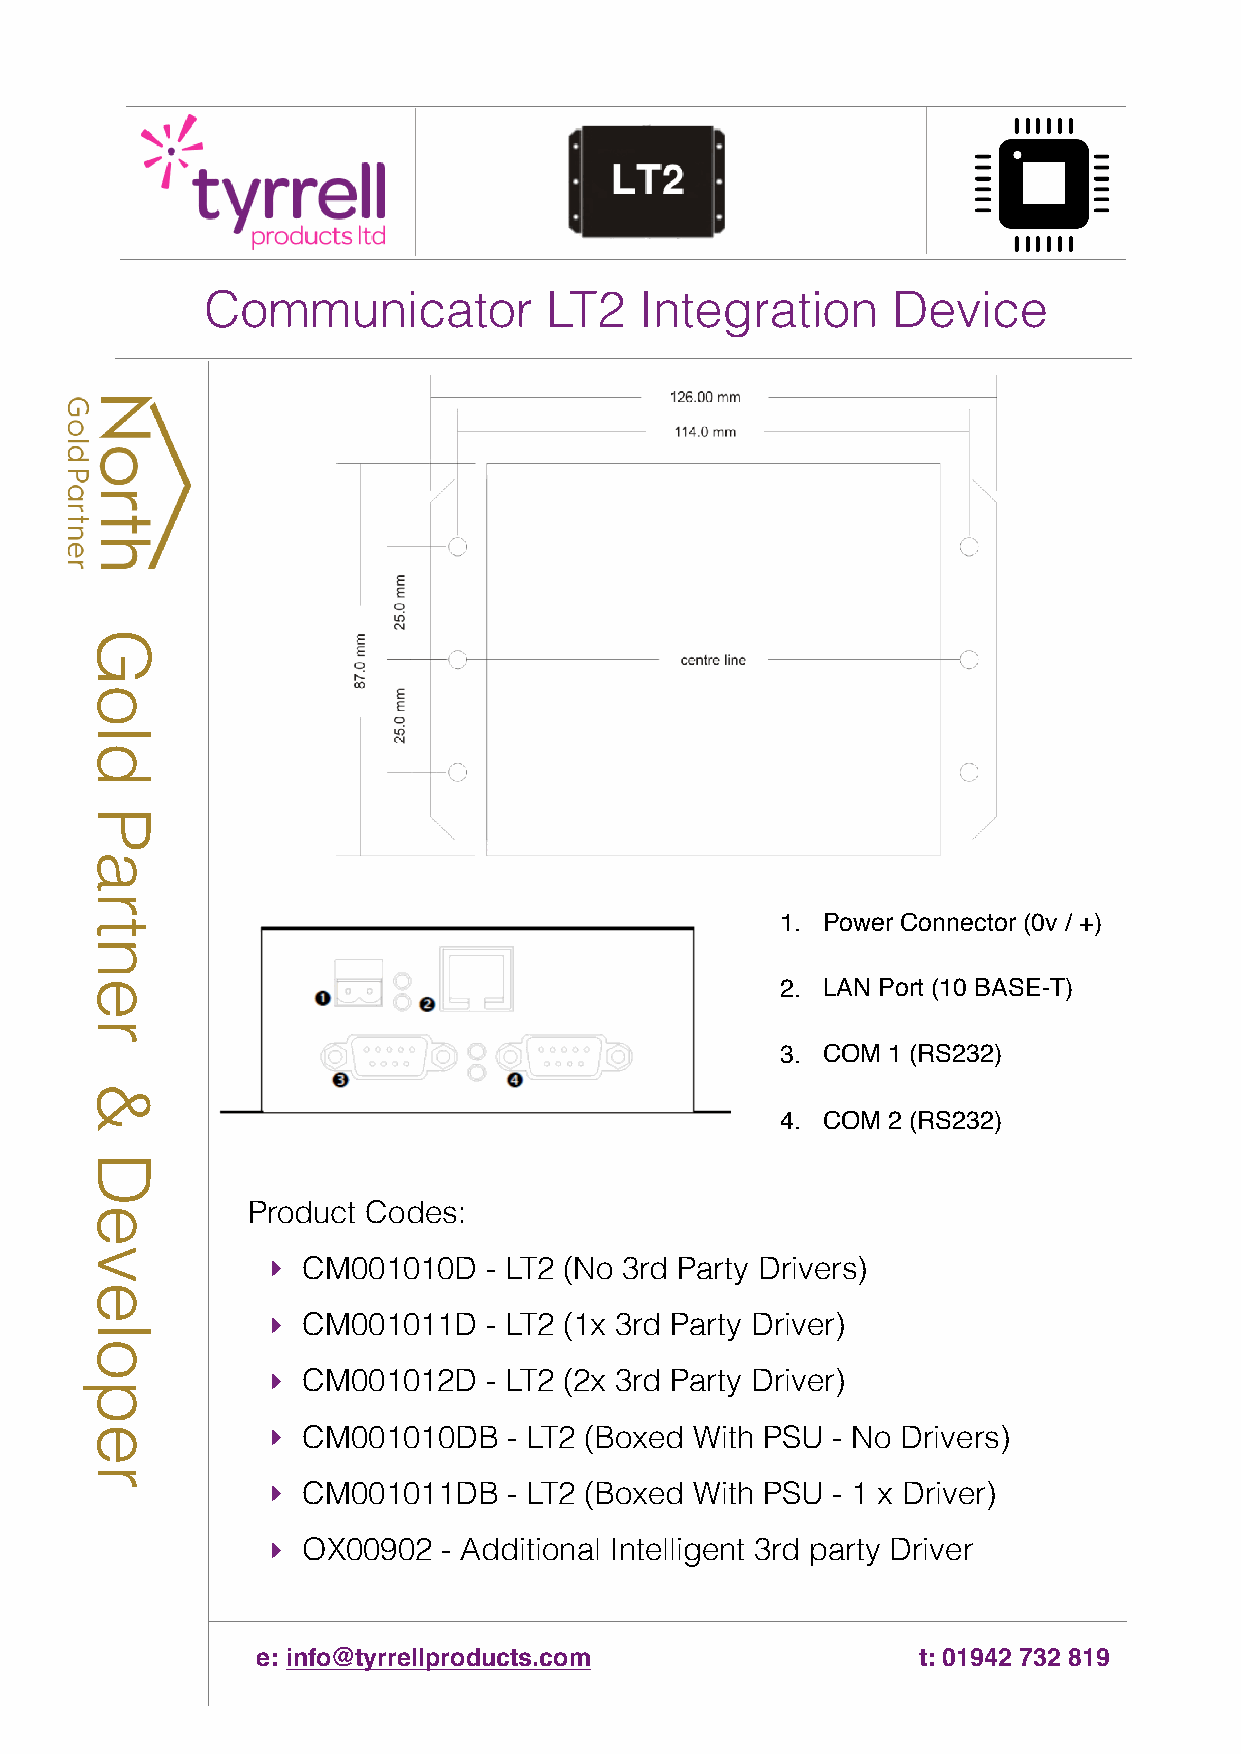
Communicator          LT2   Integration      Device
 1. Power Connector (0v / +)
 2. LAN Port (10 BASE-T)
 3. COM 1 (RS232)
 4. COM 2 (RS232)
 Product Codes:
 ‣ CM001010D   - LT2 (No 3rd Party Drivers)
 ‣ CM001011D   - LT2 (1x 3rd Party Driver)
 ‣ CM001012D   - LT2 (2x 3rd Party Driver)
 ‣ CM001010DB    - LT2 (Boxed With PSU - No Drivers)
 ‣ CM001011DB    - LT2 (Boxed With PSU - 1 x Driver)
 ‣ OX00902  - Additional Intelligent 3rd party Driver
 e: info@tyrrellproducts.com                 t: 01942 732 819
 Gold
 Partner
 &
 Developer